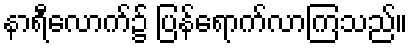
နာရီလောက်၌ ပြန်ရောက်လာကြသည်။